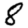
Digit: 8